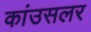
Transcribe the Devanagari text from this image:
कांउसलर